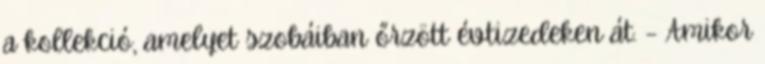
a kollekció, amelyet szobáiban őrzött évtizedeken át. – Amikor